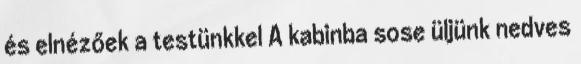
és elnézőek a testünkkel A kabinba sose üljünk nedves